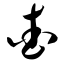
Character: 查